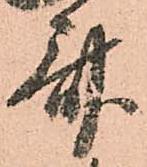
斎